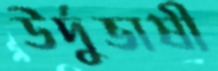
উর্দুভাষী